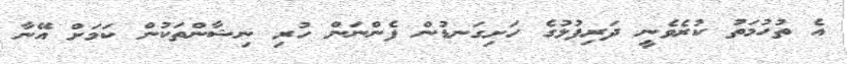
އެ ތުހުމަތު ކުރެވެނީ ދަރިފުޅުގެ ހަށިގަނޑުން ފެންނަން ހުރި ނިޝާންތަކުން ކަމަށް އޭނާ